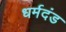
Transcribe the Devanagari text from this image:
धर्मदंड